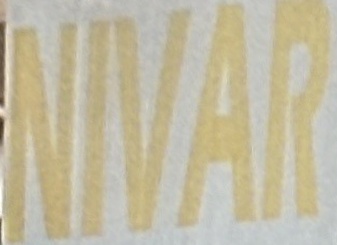
NIVAR